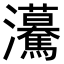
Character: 𤅠